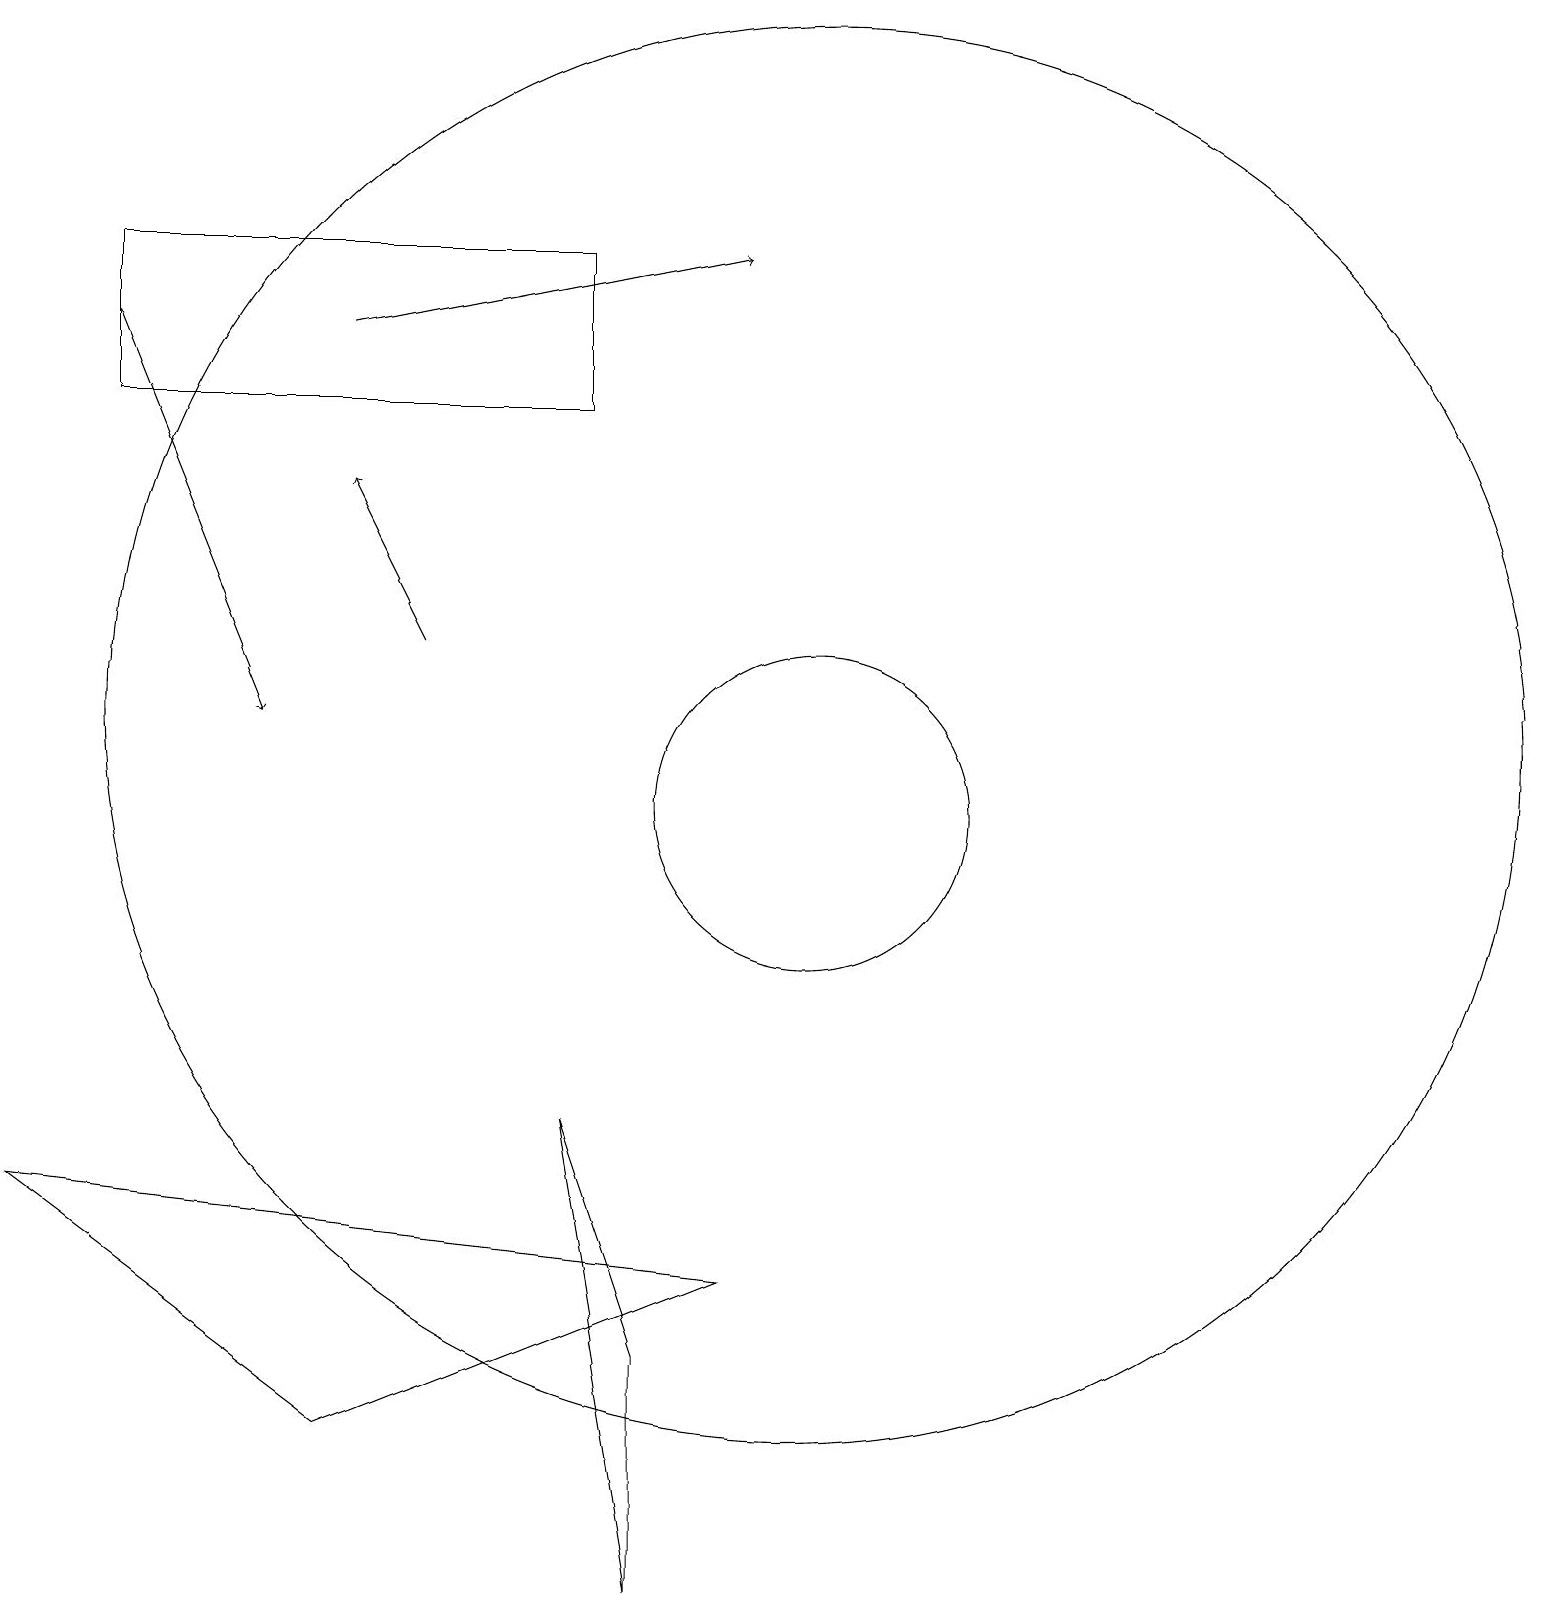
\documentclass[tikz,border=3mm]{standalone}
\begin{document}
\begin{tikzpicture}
\draw[->] (5,12) -- (4,14);
\draw (10,10) circle (2);
\draw (10,11) circle (9);
\draw[->] (4,16) -- (9,17);
\draw (7,17) rectangle (1,15);
\draw (8,0) -- (7,6) -- (8,3) -- cycle;
\draw (0,5) -- (9,4) -- (4,2) -- cycle;
\draw[->] (1,16) -- (3,11);
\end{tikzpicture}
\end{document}